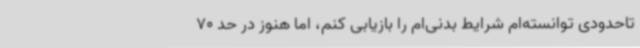
تاحدودی توانسته‌ام شرایط بدنی‌ام را بازیابی کنم، اما هنوز در حد 70